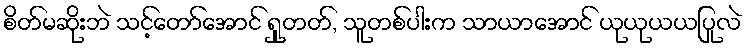
စိတ်မဆိုးဘဲ သင့်တော်အောင် ရှုတတ်, သူတစ်ပါးက သာယာအောင် ယုယုယယပြုလဲ